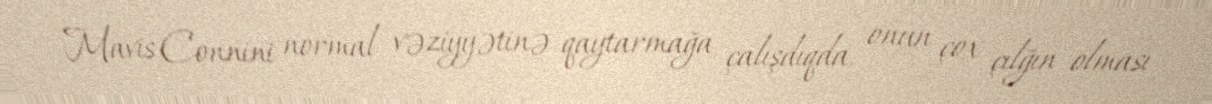
Mavis Connini normal vəziyyətinə qaytarmağa çalışdıqda, onun çox çılğın olması